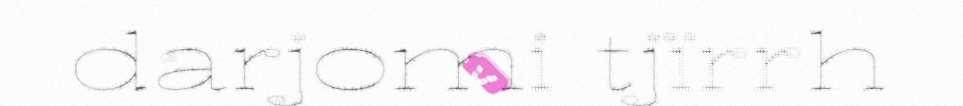
darjomi tjïrrh